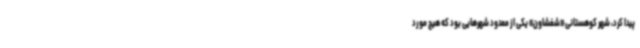
پیدا کرد، شهر کوهستانی «شفشاون» یکی از معدود شهرهایی بود که هیچ مورد